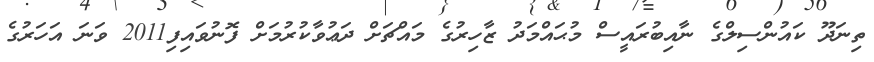
ތިނަދޫ ކައުންސިލްގެ ނާއިބުރައީސް މުޙައްމަދު ޒާހިރުގެ މައްޗަށް ދަޢުވާކުރުމަށް ފޮނުވައިފި2011 ވަނަ އަހަރުގެ